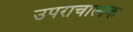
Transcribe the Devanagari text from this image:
उपराचात्मक